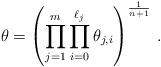
LaTeX: \begin{align*}\theta=\left(\prod_{j=1}^m\prod_{i=0}^{\ell_j}\theta_{j,i}\right)^{\frac1{n+1}}\,.\end{align*}